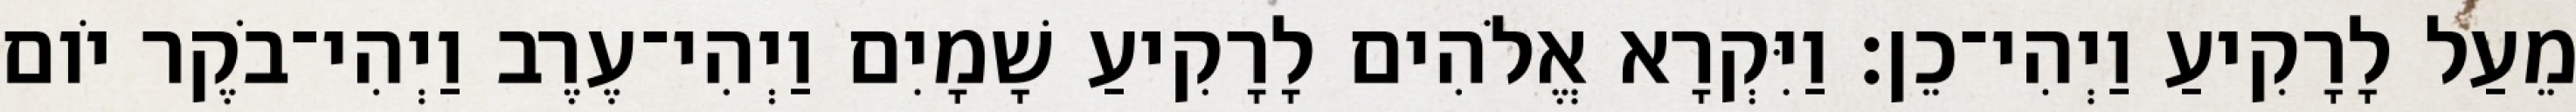
מֵעַל לָרָקִיעַ וַיְהִי־כֵן׃ וַיִּקְרָא אֱלֹהִים לָרָקִיעַ שָׁמָיִם וַיְהִי־עֶרֶב וַיְהִי־בֹקֶר יֹום